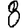
Digit: 8